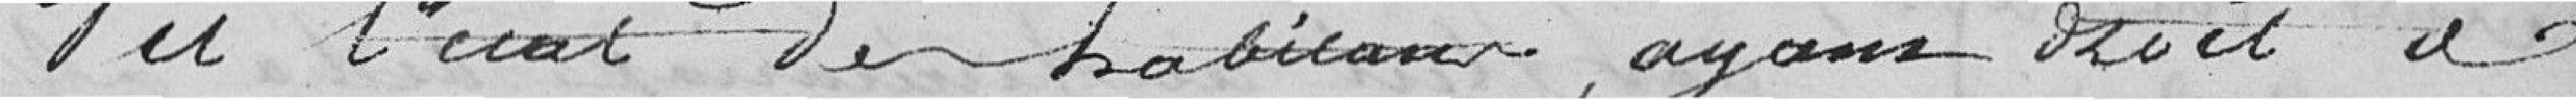
Vu l'état des habitants, ayant aidé à